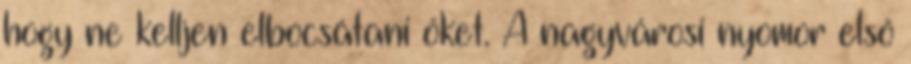
hogy ne kelljen elbocsátani őket. A nagyvárosi nyomor első